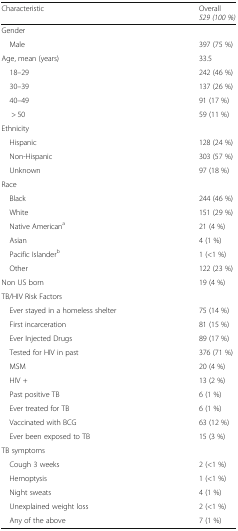
| Characteristic | Overall529 (100 %) |
 | --- | --- |
 | <COLSPAN=2> Gender |
 | Male | 397 (75 %) |
 | Age, mean (years) | 33.5 |
 | 18–29 | 242 (46 %) |
 | 30–39 | 137 (26 %) |
 | 40–49 | 91 (17 %) |
 | > 50 | 59 (11 %) |
 | <COLSPAN=2> Ethnicity |
 | Hispanic | 128 (24 %) |
 | Non-Hispanic | 303 (57 %) |
 | Unknown | 97 (18 %) |
 | <COLSPAN=2> Race |
 | Black | 244 (46 %) |
 | White | 151 (29 %) |
 | Native Americana | 21 (4 %) |
 | Asian | 4 (1 %) |
 | Pacific Islanderb | 1 (<1 %) |
 | Other | 122 (23 %) |
 | Non US born | 19 (4 %) |
 | <COLSPAN=2> TB/HIV Risk Factors |
 | Ever stayed in a homeless shelter | 75 (14 %) |
 | First incarceration | 81 (15 %) |
 | Ever Injected Drugs | 89 (17 %) |
 | Tested for HIV in past | 376 (71 %) |
 | MSM | 20 (4 %) |
 | HIV + | 13 (2 %) |
 | Past positive TB | 6 (1 %) |
 | Ever treated for TB | 6 (1 %) |
 | Vaccinated with BCG | 63 (12 %) |
 | Ever been exposed to TB | 15 (3 %) |
 | <COLSPAN=2> TB symptoms |
 | Cough 3 weeks | 2 (<1 %) |
 | Hemoptysis | 1 (<1 %) |
 | Night sweats | 4 (1 %) |
 | Unexplained weight loss | 2 (<1 %) |
 | Any of the above | 7 (1 %) |